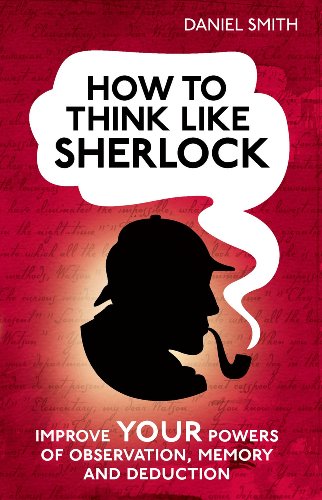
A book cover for How to Think Like Sherlock: Improve Your Powers of Observation, Memory and Deduction; Daniel Smith; Self-Help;